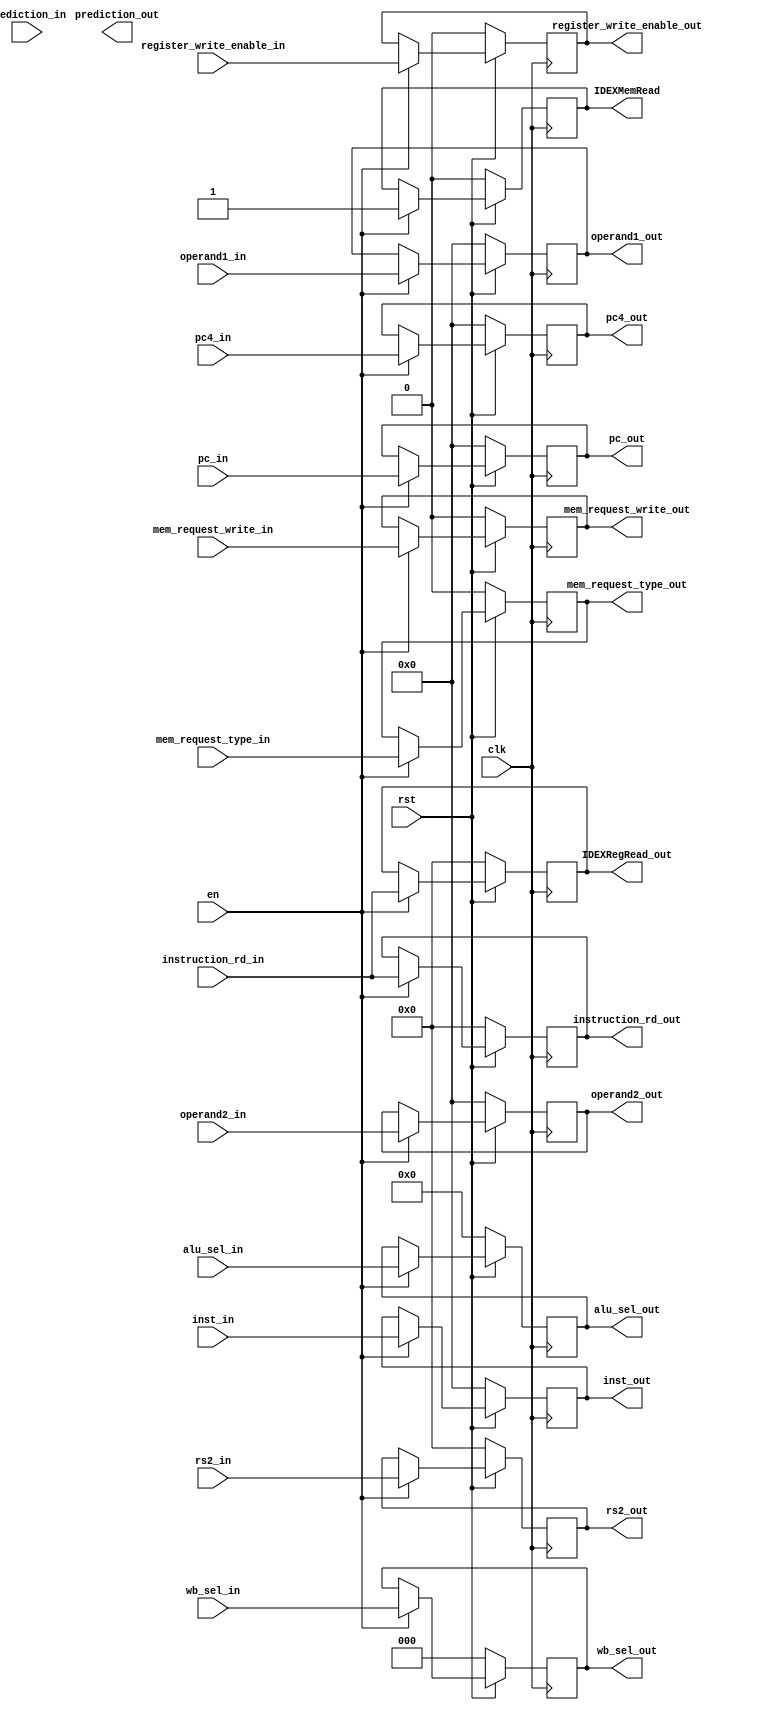
module register_IDEX(
	output reg [31:0] pc4_out,
	output reg [31:0] pc_out,
	output reg [31:0] inst_out,
	output reg [31:0] operand1_out,
	output reg [31:0] operand2_out,
	output reg [4:0] instruction_rd_out,
	output reg prediction_out,
	//controls to WB
	output reg register_write_enable_out,
	//controls to MEM
	output reg mem_request_write_out,
	output reg mem_request_type_out,
	//control to EXE
	output reg [3:0] alu_sel_out,
	output reg [2:0] wb_sel_out,
	//HazardControlUnit outputs
	output reg [4:0] IDEXRegRead_out,
	output reg IDEXMemRead,
	output reg [4:0] rs2_out,
	input clk,
	input rst,
	input en,
	input [31:0] pc4_in,
	input [31:0] pc_in,
	input [31:0] inst_in,
	input [31:0] operand1_in,
	input [31:0] operand2_in,
	input [4:0] instruction_rd_in,
	input [4:0] rs2_in,
	input prediction_in,
	//controls to WB
	input register_write_enable_in,
	//controls to MEM
	input mem_request_write_in,
	input mem_request_type_in,
	//control to EXE
	input [3:0] alu_sel_in,
	input [2:0] wb_sel_in);

always@(posedge clk) begin
	if (rst == 0) begin
		operand1_out = 0;
		operand2_out = 0;
		pc4_out = 0;
		pc_out = 0;
		inst_out = 0;
		instruction_rd_out = 0;
		rs2_out = 0; 
		//signal to hazard control unit
		IDEXMemRead = 0;
		IDEXRegRead_out = 0;
		//controls to WB
		wb_sel_out  = 0 ;
		register_write_enable_out =0;
		//controls to MEM
		mem_request_write_out  = 0;
		mem_request_type_out = 0;
		//control to EXE
		alu_sel_out = 0;
		wb_sel_out = 3'b0;
	end
	else if (en == 1) begin
		operand2_out <= operand2_in;
		operand1_out <= operand1_in;
		pc4_out <= pc4_in;
		pc_out <= pc_in;
		instruction_rd_out <= instruction_rd_in;
		inst_out <= inst_in; 
		rs2_out <= rs2_in; 
		//signal to hazard control unit
		IDEXMemRead = 1;
		IDEXRegRead_out <= instruction_rd_in;
		//controls to WB
		wb_sel_out  <= wb_sel_in ;
		register_write_enable_out = register_write_enable_in;
		//controls to MEM
		mem_request_write_out  <= mem_request_write_in;
		mem_request_type_out <= mem_request_type_in;
		//control to EXE
		alu_sel_out <= alu_sel_in;
		wb_sel_out <= wb_sel_in;
	end
end

endmodule